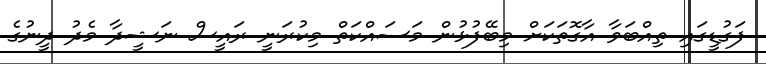
ފަގުޑީގައި ތިއްބަވާ އާގޮތަކަށް މިބޭފުޅުން މަސައްކަތް މިކުރަނީ ރައީސް ނަޝީދާ މެދު ދީނުގެ